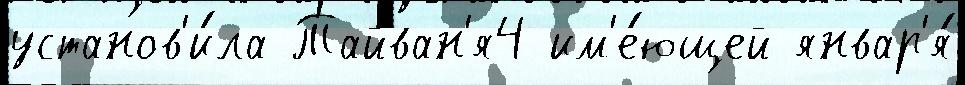
установ'и́ла Тайван'я4 им'е́ющей январ'я́